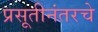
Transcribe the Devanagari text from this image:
प्रसूतीनंतरचे